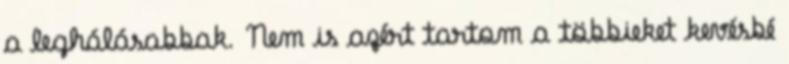
a leghálásabbak. Nem is azért tartom a többieket kevésbé